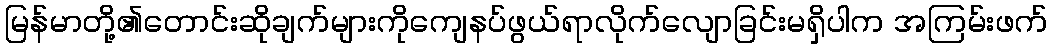
မြန်မာတို့၏တောင်းဆိုချက်များကိုကျေနပ်ဖွယ်ရာလိုက်လျောခြင်းမရှိပါက အကြမ်းဖက်